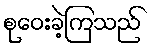
စုဝေးခဲ့ကြသည်